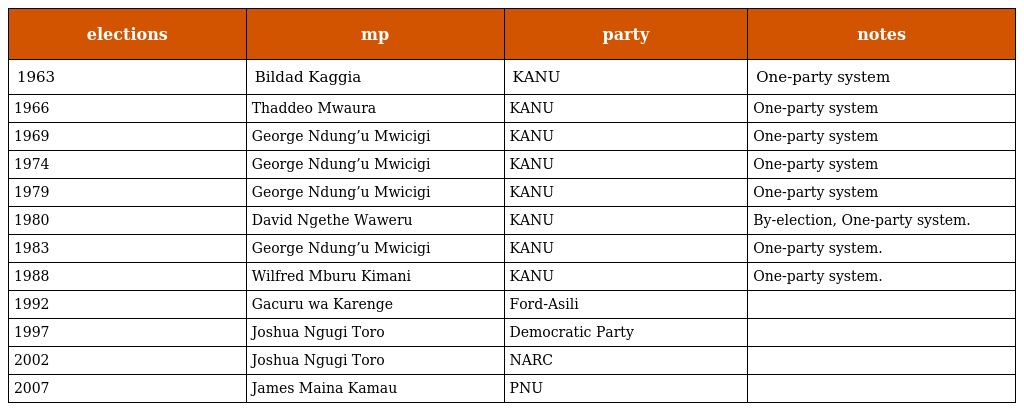
| elections | mp | party | notes |
 | --- | --- | --- | --- |
 | 1963 | Bildad Kaggia | KANU | One-party system |
 | 1966 | Thaddeo Mwaura | KANU | One-party system |
 | 1969 | George Ndung’u Mwicigi | KANU | One-party system |
 | 1974 | George Ndung’u Mwicigi | KANU | One-party system |
 | 1979 | George Ndung’u Mwicigi | KANU | One-party system |
 | 1980 | David Ngethe Waweru | KANU | By-election, One-party system. |
 | 1983 | George Ndung’u Mwicigi | KANU | One-party system. |
 | 1988 | Wilfred Mburu Kimani | KANU | One-party system. |
 | 1992 | Gacuru wa Karenge | Ford-Asili |  |
 | 1997 | Joshua Ngugi Toro | Democratic Party |  |
 | 2002 | Joshua Ngugi Toro | NARC |  |
 | 2007 | James Maina Kamau | PNU |  |